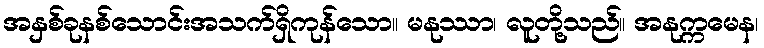
အနှစ်ခုနစ်သောင်းအသက်ရှိကုန်သော။ မနုဿာ၊ လူတို့သည်။ အနုက္ကမေန၊